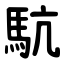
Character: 䭺